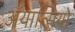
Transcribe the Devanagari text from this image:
अयात्सियो